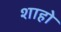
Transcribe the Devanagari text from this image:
शाहो